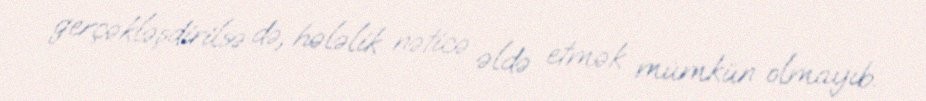
gerçəkləşdirilsə də, hələlik nəticə əldə etmək mümkün olmayıb.